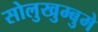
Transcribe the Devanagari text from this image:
सोलुखुम्बुमे